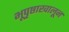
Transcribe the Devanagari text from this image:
भूपृष्ठाखालून